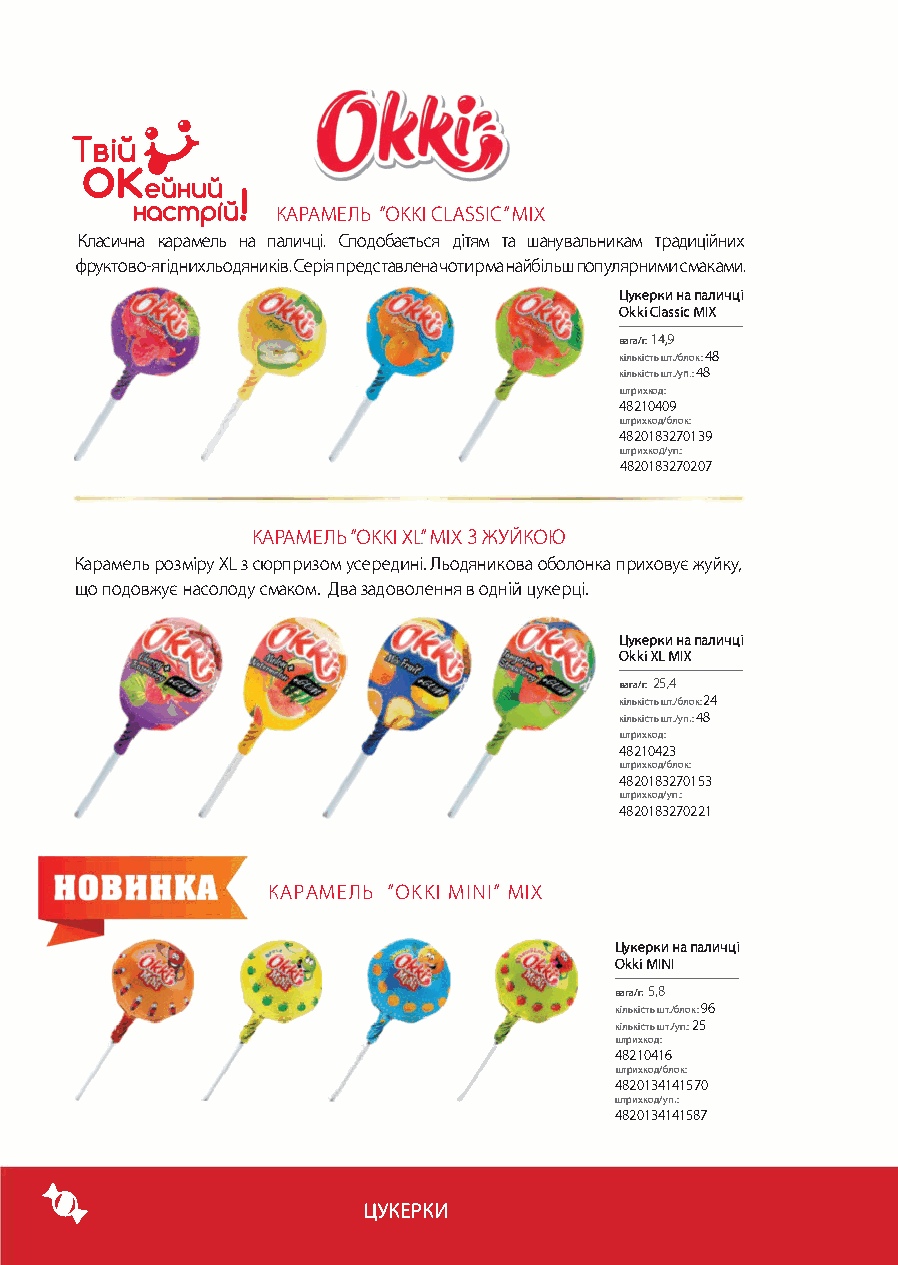
�
 ТвіuУ°
 OKeuнuq
 "1
 нacmp1u.
 КАРАМЕЛЬ "ОККІ CLASSIC" МІХ
 Класична карамель на паличці. Сподобається дітям та шанувальникам традиційних
 фруктово-ягідних льодяників. Серія представлена чотирма найбільш популярними смаками.
 Цукерки на паличці
 Okki Classic МІХ
 вага/г. 14,9
 кількість шт /блок: 48
 кількість штJ yn.: 48
 штрихк од:
 48210409
 штрихкод/блок:
 4820183270139
 штрихкод/уп.:
 4820183270207
 КАРАМЕЛЬ "ОККІ XL" МІХ З ЖУЙКОЮ
 Карамель розміру XL з сюрпризом усередині. Льодяникова оболонка приховує жуйку,
 що подовжує насолоду смаком. Два задоволення в одній цукерці.
 Цукерки на паличці
 OkkiXLMIX
 вага/г: 25,4
 кількість штJблок:24
 кількість штJ уп.: 48
 штрихкод:
 48210423
 штрихкод/блок:
 4820183270153
 штрихкод/уп.:
 4820183270221
 КАРАМЕЛЬ "ОККІ MINI" МІХ
 Цукерки на паличці
 OkkiMINI
 вага/г: 5,8
 кількість шт Jблок: 96
 кількість штіуп.: 25
 штрихкод:
 І
 4821041 б
 штрихкод/блок:
 4820134141570
 штрихкод/уп.:
 4820134141587
 '                    ЦУКЕРКИ